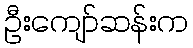
ဦးကျော်ဆန်းက